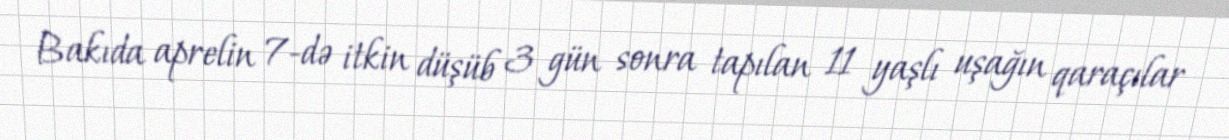
Bakıda aprelin 7-də itkin düşüb 3 gün sonra tapılan 11 yaşlı uşağın qaraçılar